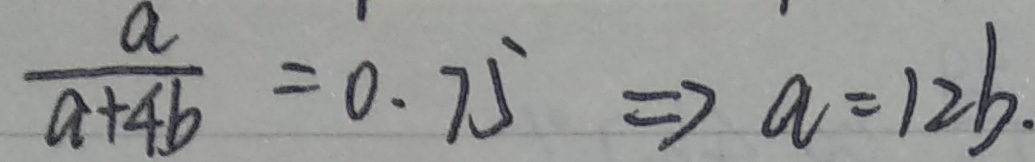
\frac { a } { a + 4 b } = 0 . 7 5 \Rightarrow a = 1 2 b .